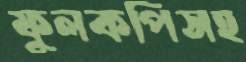
ফুলকপিসহ